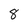
Character: 8